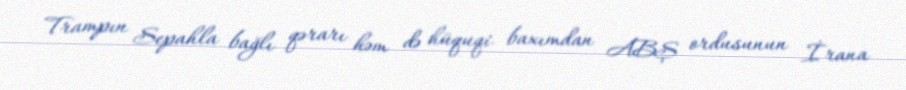
Trampın Sepahla bağlı qərarı həm də hüquqi baxımdan ABŞ ordusunun İrana